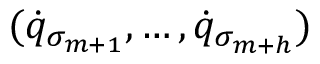
( { \dot { q } } _ { \sigma _ { m + 1 } } , \dots , { \dot { q } } _ { \sigma _ { m + h } } )